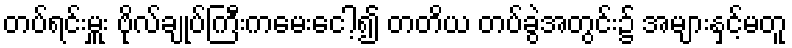
တပ်ရင်းမှူး ဗိုလ်ချုပ်ကြီးကမေးငေါ့၍ တတိယ တပ်ခွဲအတွင်း၌ အများနှင့်မတူ